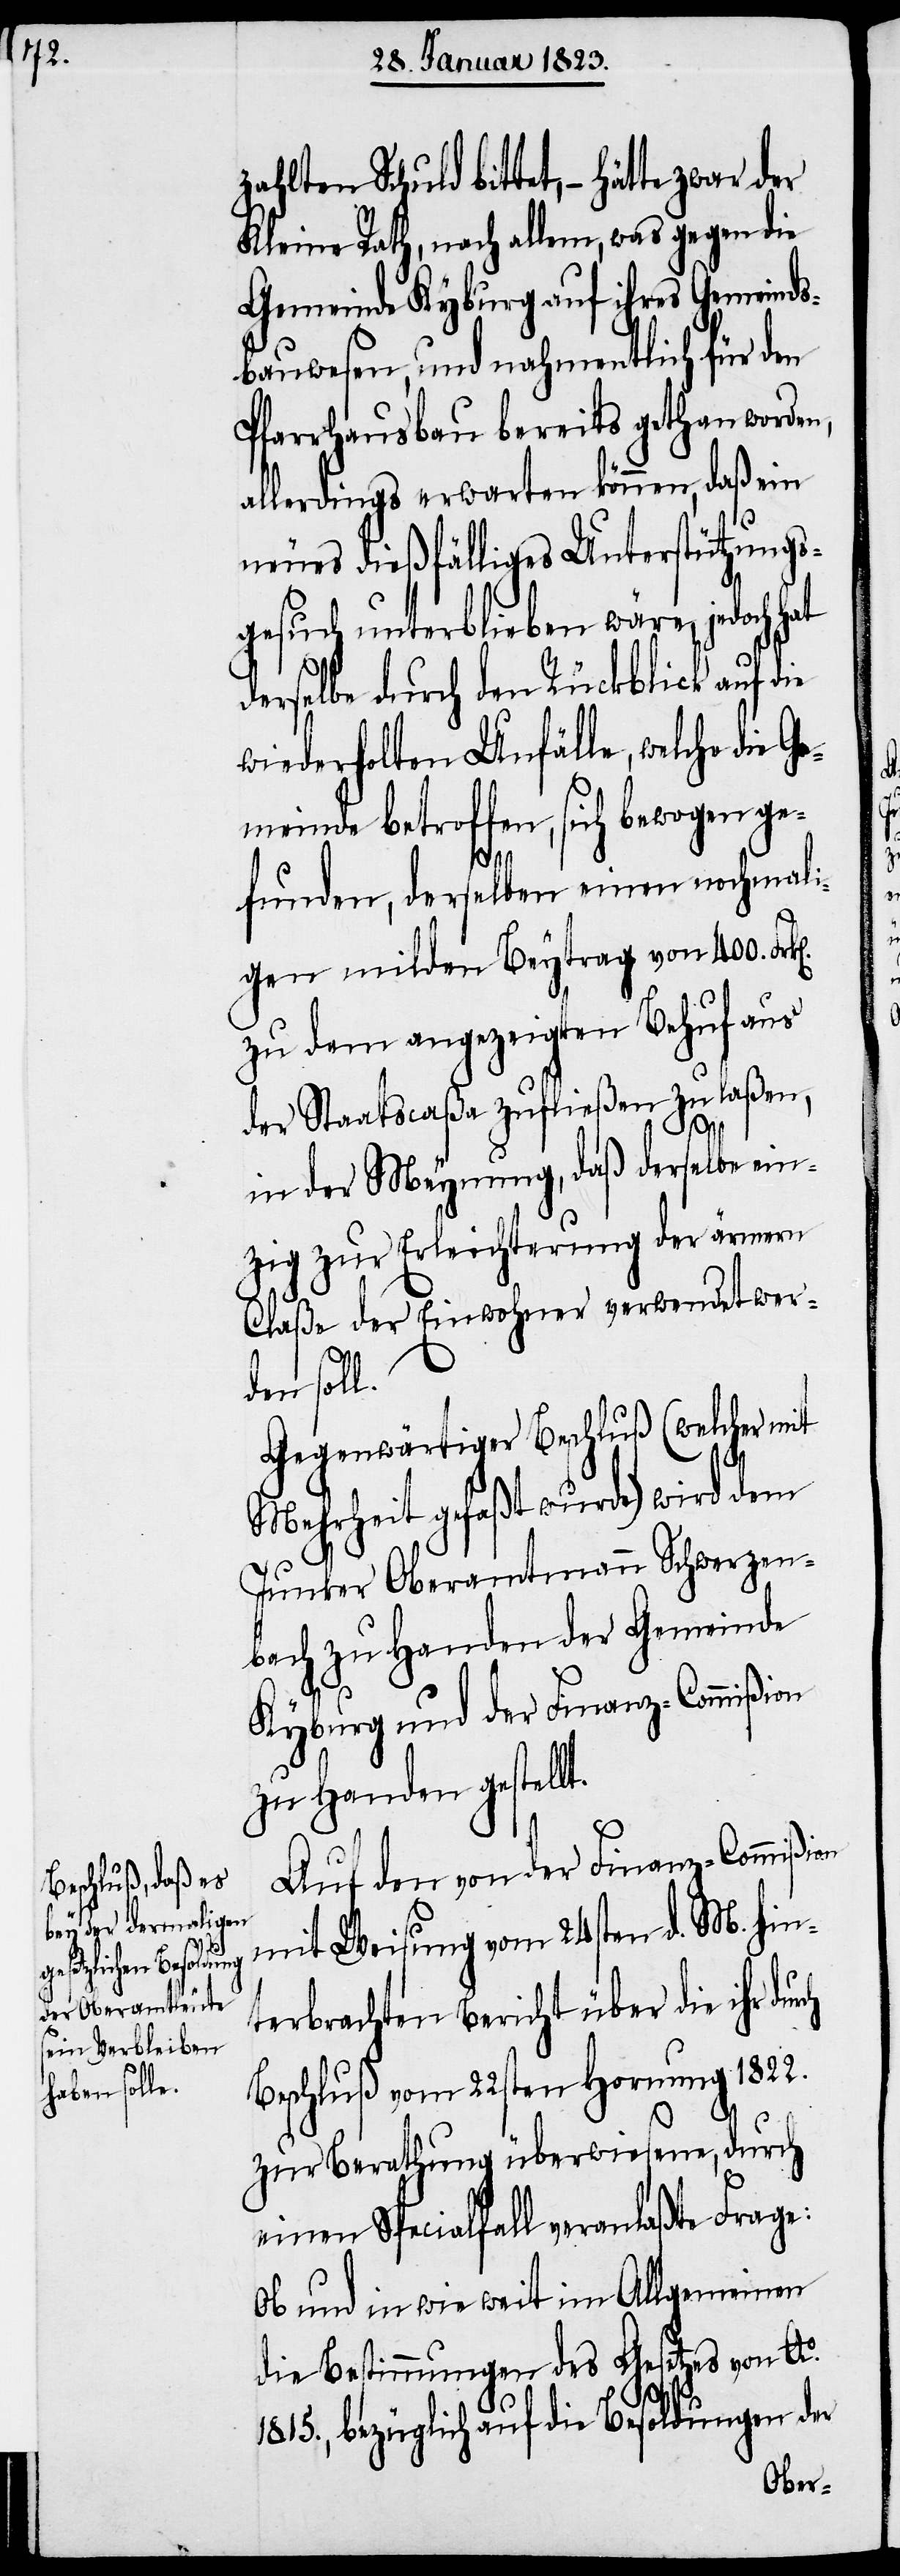
Schuld bittet, – hätte zwar der
Kleine Rath, nach allem, was gegen die
Gemeinde Kyburg auf ihres Gemeinds¬
bauwesen, und nahmentlich für den
Pfarrhausbau bereits gethan worden,
allerdings erwarten können, daß ein
neues dießfälliges Unterstützungs¬
gesuch unterblieben wäre, jedoch
derselbe durch den Rückblick auf die
wiederholten Unfälle, welche die Ge¬
meinde betroffen, sich bewogen ge¬
t.
funden, derselben einen nochmali¬
gen milden Beytrag von 400.
zu dem angezeigten Behuf aus
der Staatscaßa zufließen zu laßen,
rch
in der Meynung, daß derselbe ein¬
zig zur Erleichterung der ärmern
Claße der Einwohner verwendet wer¬
den soll.
Gegenwärtiger Beschluß (welcher mit
Mehrheit gefaßt wurde) wird dem
Junker Oberamtmann Schwerzen¬
bach zu Handen der Gemeinde
Kyburg und der Finanz-Commißion
zu Handen gestell¬
Auf den von der Finanz-Commißion
mit Weisung vom 24sten d. M. hin¬
terbrachten Bericht über die ihr du¬
Beschluß vom 22sten Hornung 1822.
zur Berathung überwiesene, durch
einen Specialfall veranlaßte Frage:
Ob und in wie weit im Allgemeinen
die Bestimmungen des Gesetzes von Ao.
1815., bezüglich auf die Besoldungen der